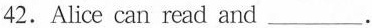
42.Alice can read and___.